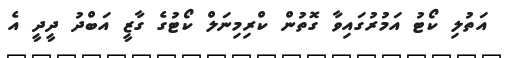
އަތުލި ކޯޓު އަމުރުގައިވާ ގޮތުން ކްރިމިނަލް ކޯޓުގެ ގާޒީ އަބްދު ދީދީ އެ